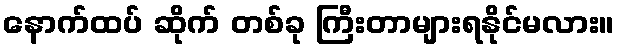
နောက်ထပ် ဆိုက် တစ်ခု ကြီးတာများရနိုင်မလား။